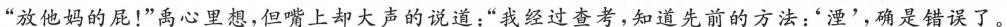
“放他妈的屁!”禹心里想,但嘴上却大声的说道:“我经过查考,知道先前的方法:‘湮’,确是错误了。